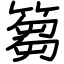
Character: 篘